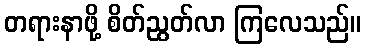
တရားနာဖို့ စိတ်ညွတ်လာ ကြလေသည်။